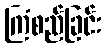
ကြံစည်ခြင်း